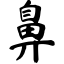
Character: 鼻